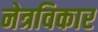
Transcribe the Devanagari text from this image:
नेत्रविकार